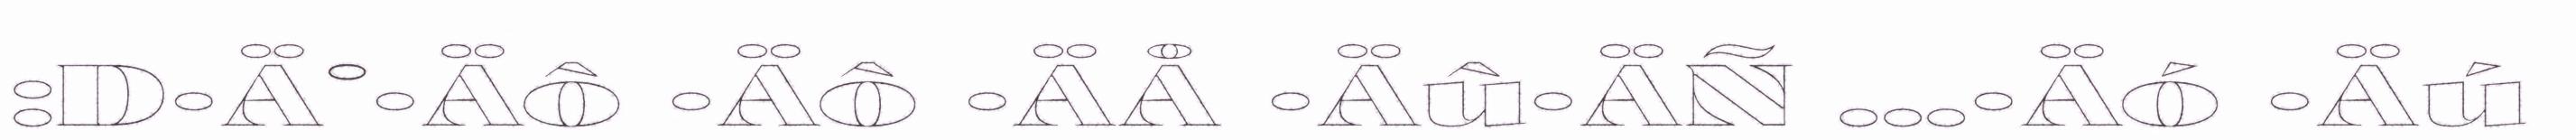
:D·Ä°·Äô ·Äô ·ÄÅ ·Äû·ÄÑ ...·Äó ·Äú